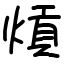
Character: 熕